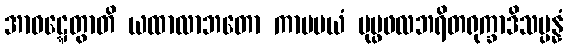
အာဝဋ္ဋေတွာတိ ယထာလာဘတော ကာမမယံ ပုပ္ဖဖလဘရိတရုက္ခာဒိသမ္ပန္နံ